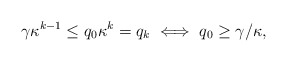
\begin{align*}\gamma \kappa^{k-1} \leq q_0\kappa^k=q_k \iff q_0 \geq \gamma/\kappa, \end{align*}